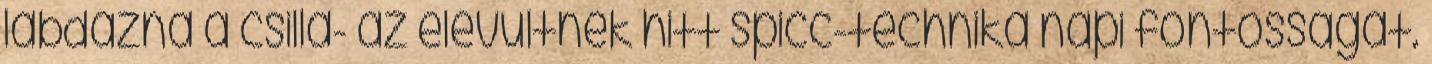
labdázna a csilla- az elévültnek hitt spicc-technika napi fontosságát.